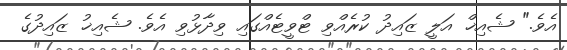
އެވެ." ޝެއިޚް އަލީ ޒައިދު ކުރެއްވި ޓްވީޓެއްގައި ވިދާޅުވި އެވެ. ޝެއިޚު ޒައިދުގެ